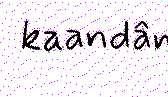
kaandân